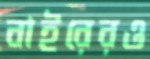
বাইরেরও